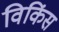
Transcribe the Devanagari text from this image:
विकिंस